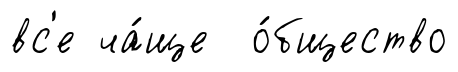
вс'е ча́ще о́бщество